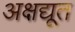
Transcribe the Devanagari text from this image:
अक्षद्यूत